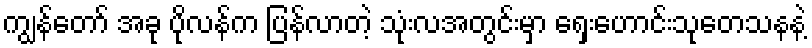
ကျွန်တော် အခု ပိုလန်က ပြန်လာတဲ့ သုံးလအတွင်းမှာ ရှေးဟောင်းသုတေသနနဲ့